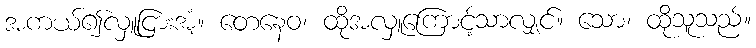
အကယ်၍လှူငြားအံ့။ တေနေဝ၊ ထိုအလှူကြောင့်သာလျှင်။ သော၊ ထိုသူသည်။